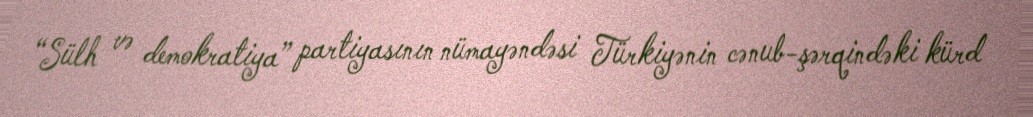
“Sülh və demokratiya” partiyasının nümayəndəsi Türkiyənin cənub-şərqindəki kürd